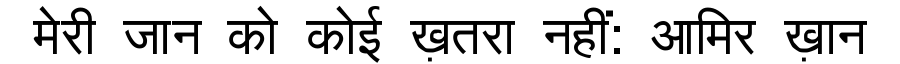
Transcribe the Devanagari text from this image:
मेरी जान को कोई ख़तरा नहीं: आमिर ख़ान